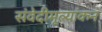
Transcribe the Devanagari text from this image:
संवेदीमूल्यांकन